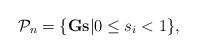
LaTeX: \begin{align*}\mathcal P_n=\{ \mathbf G \mathbf s | 0 \leq s_i < 1\} ,\end{align*}